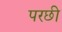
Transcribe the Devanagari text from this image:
परछी